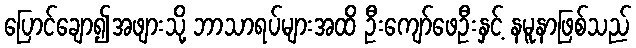
ပြောင်ချော၍အဖျားသို့ ဘာသာရပ်များအထိ ဦးကျော်ဖေဦးနှင့် နမူနာဖြစ်သည်